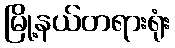
မြို့နယ်တရားရုံး